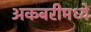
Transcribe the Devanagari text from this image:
अकबरीमध्ये